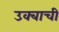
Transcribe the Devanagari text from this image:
उक्बाची